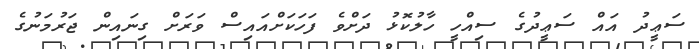
ސަޢީދު އައް ސަޢީދުގެ ސިއްހީ ހާލުކޮޅު ދަށްވެ ފަހަކަށްއައިސް ވަރަށް ގިނައިން ޖަރުމަނުގެ